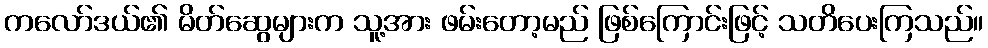
ကလော်ဒယ်၏ မိတ်ဆွေများက သူ့အား ဖမ်းတော့မည် ဖြစ်ကြောင်းဖြင့် သတိပေးကြသည်။